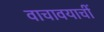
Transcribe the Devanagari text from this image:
वाचावयाचीं